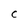
Character: C